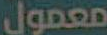
معمول